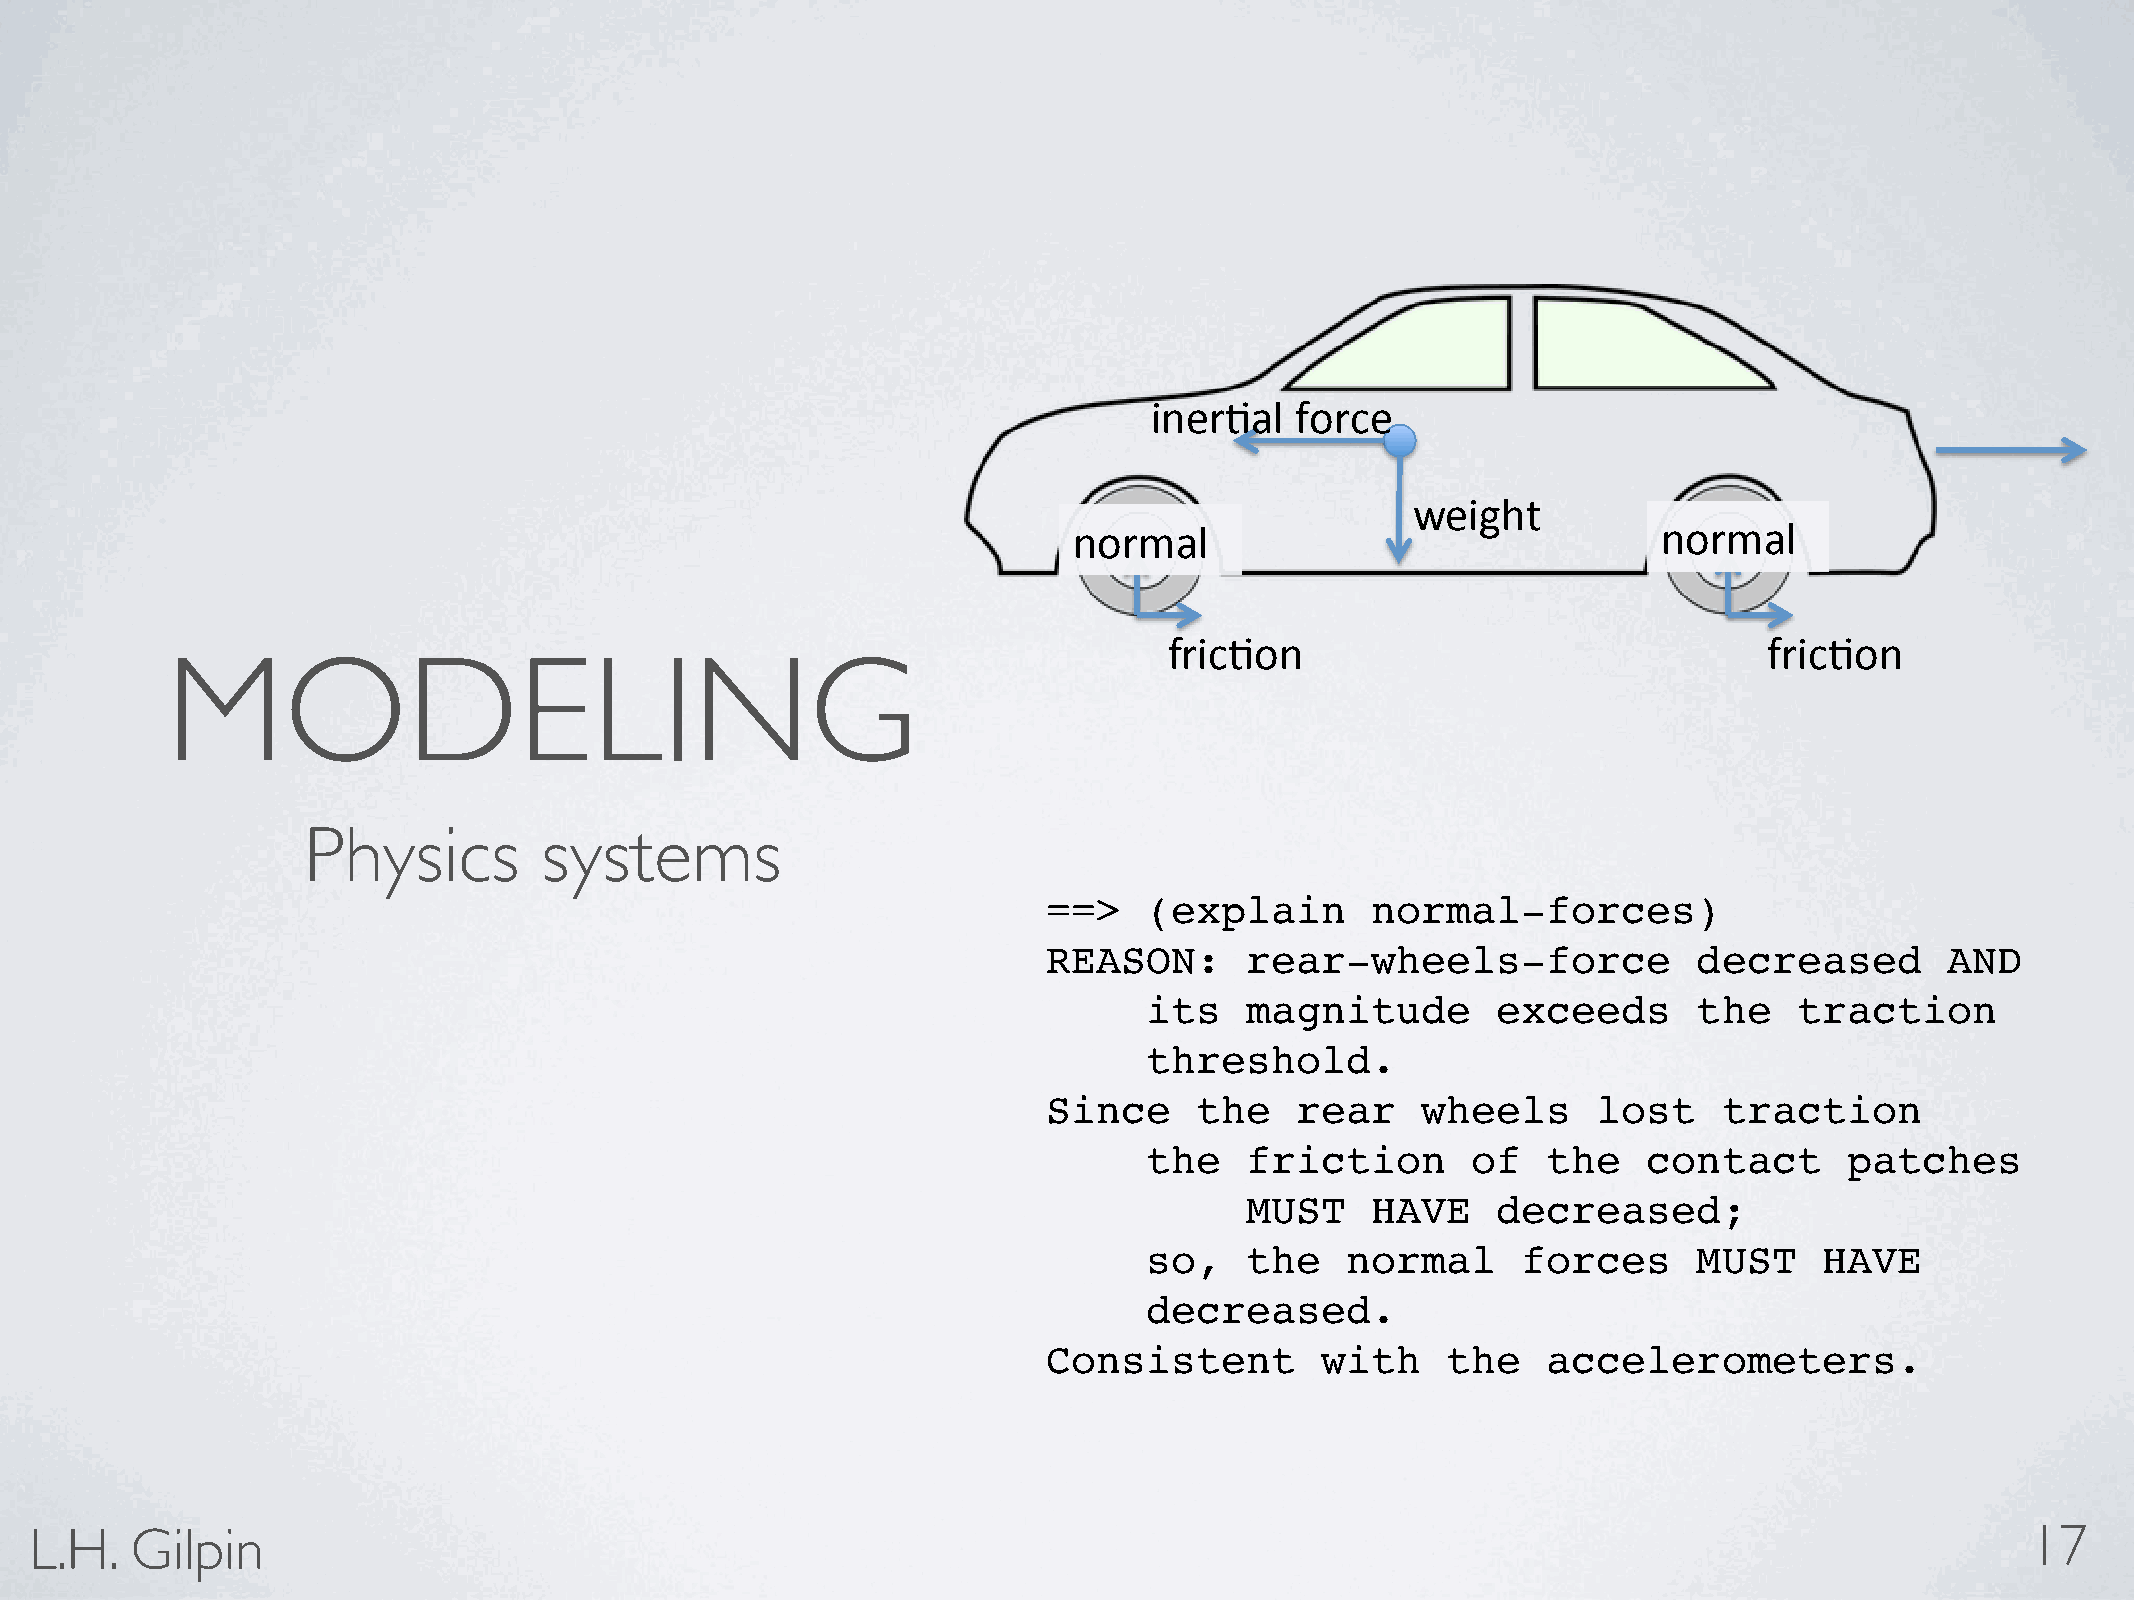
iner%al   force
 weight
 normal                                 normal
 fric%on                                 fric%on
 MODELING
 Physics         systems
 ==>    (explain       normal-forces)
 REASON:      rear-wheels-force             decreased        AND
 its   magnitude        exceeds      the    traction
 threshold.
 Since     the    rear    wheels      lost    traction
 the   friction       of   the    contact      patches
 MUST     HAVE    decreased;
 so,   the    normal      forces     MUST     HAVE
 decreased.
 Consistent        with     the   accelerometers.
 L.H.   Gilpin                                                                                                                       17